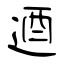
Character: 逎